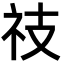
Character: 䃽